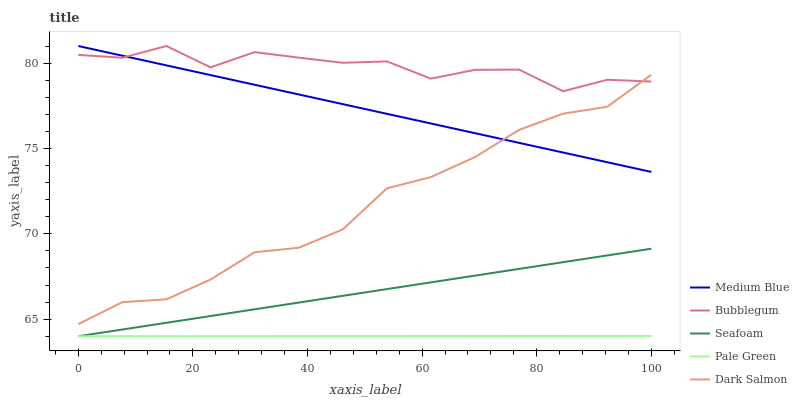
| xaxis_label | Medium Blue | Bubblegum | Seafoam | Pale Green | Dark Salmon |
 | --- | --- | --- | --- | --- | --- |
 | 0 | 81 | 80.5 | 64 | 64 | 64.7 |
 | 7.69 | 80.4 | 80.3 | 64.4 | 64 | 66 |
 | 15.4 | 79.9 | 81 | 64.8 | 64 | 66.2 |
 | 23.1 | 79.3 | 79.8 | 65.2 | 64 | 67.3 |
 | 30.8 | 78.7 | 80.6 | 65.6 | 64 | 68.9 |
 | 38.5 | 78.2 | 80.3 | 66 | 64 | 69.2 |
 | 46.2 | 77.6 | 80 | 66.4 | 64 | 70.3 |
 | 53.8 | 77 | 80.1 | 66.8 | 64 | 72.7 |
 | 61.5 | 76.5 | 79.1 | 67.2 | 64 | 73.3 |
 | 69.2 | 75.9 | 79.6 | 67.6 | 64 | 74.5 |
 | 76.9 | 75.3 | 79.6 | 67.9 | 64 | 76.1 |
 | 84.6 | 74.8 | 78.4 | 68.3 | 64 | 77 |
 | 92.3 | 74.2 | 79 | 68.7 | 64 | 77.4 |
 | 100 | 73.6 | 78.9 | 69.1 | 64 | 79.3 |